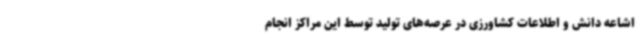
اشاعه دانش و اطلاعات کشاورزی در عرصه‌های تولید توسط این مراکز انجام